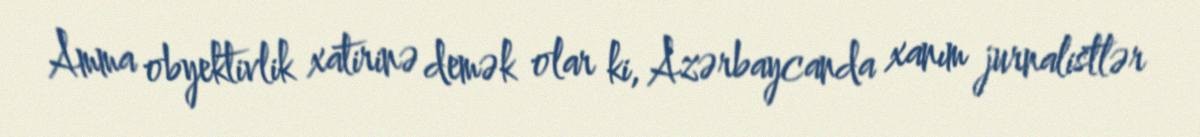
Amma obyektivlik xatirinə demək olar ki, Azərbaycanda xanım jurnalistlər